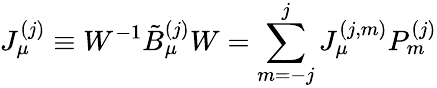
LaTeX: J_{\mu}^{(j)}\equiv W^{-1}\tilde{B}_{\mu}^{(j)}W=\sum_{m=-j}^{j}J_{\mu}^{(j,m)}P_{m}^{(j)}